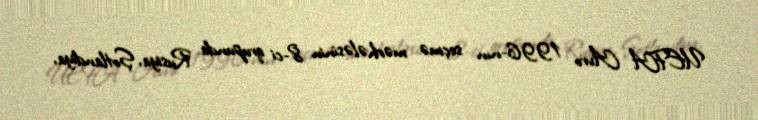
UEFA Avro 1996-nın seçmə mərhələsinin 8-ci qrupunda Rusiya, Şotlandiya,